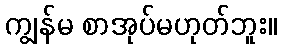
ကျွန်မ စာအုပ်မဟုတ်ဘူး။